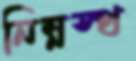
নিম্নস্থ